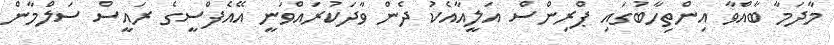
މާދަމާ ބާއްވާ އިންތިހާބުގައި ޕްރިންސް އަލީއާއެކު ދެން ވާދަކުރައްވަނީ އޭއެފްސީގެ ރައީސް ސަލްމާން